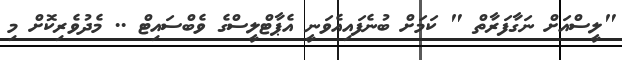
"ލީސްއަށް ނަގާފަރާތް " ކަމަށް ބުނެފައިއެވަނީ އެޕާޓްލީސްގެ ވެބްސައިޓް .. މެދުވެރިކޮށް މި